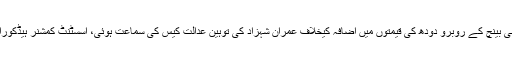
جسٹس محمد علی مظہر اور جسٹس آغا فیصل پر مشتمل دو رکنی بینچ کے روبرو دودھ کی قیمتوں میں اضافہ کیخلاف عمران شہزاد کی توہین عدالت کیس کی سماعت ہوئی، اسسٹنٹ کمشنر ہیڈکوراٹرکراچی نے کمشنرکراچی کی جانب سے رپورٹ پیش کردی۔